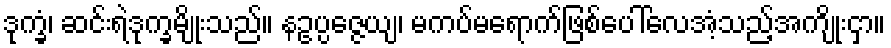
ဒုက္ခံ၊ ဆင်းရဲဒုက္ခမျိုးသည်။ နဥပ္ပဇ္ဇေယျ၊ မကပ်မရောက်ဖြစ်ပေါ်လေအံ့သည့်အကျိုးငှာ။